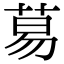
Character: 䓪